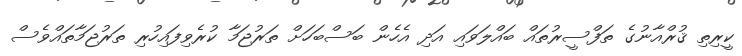
ކީރިތި ޤުރްއާނުގެ ތަފްސީރުތައް ބައްލަވައި އަދި އެހެން ބަސްބަހަށް ތަރުޖަމާ ކުރެވިފައިހުރި ތަރުޖަމާތައްވެސް